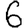
Digit: 6